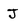
Character: J